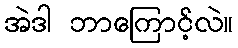
အဲဒါ ဘာကြောင့်လဲ။